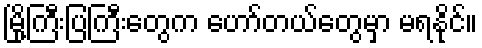
မြို့ကြီးပြကြီးတွေက ဟော်တယ်တွေမှာ မရနိုင်။